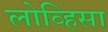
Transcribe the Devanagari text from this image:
लोव्हिसा